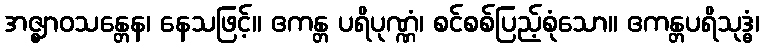
အဇ္ဈာဝသန္တေန၊ နေသဖြင့်။ ဧကန္တ ပရိပုဏ္ဏံ၊ စင်စစ်ပြည့်စုံသော။ ဧကန္တပရိသုဒ္ဓံ၊